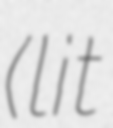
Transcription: (lit